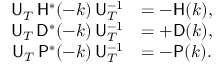
\begin{array} { r l } { { \sf U } _ { T } \, { \sf H } ^ { * } ( - k ) \, { \sf U } _ { T } ^ { - 1 } } & { = - { \sf H } ( k ) , } \\ { { \sf U } _ { T } \, { \sf D } ^ { * } ( - k ) \, { \sf U } _ { T } ^ { - 1 } } & { = + { \sf D } ( k ) , } \\ { { \sf U } _ { T } \, { \sf P } ^ { * } ( - k ) \, { \sf U } _ { T } ^ { - 1 } } & { = - { \sf P } ( k ) . } \end{array}